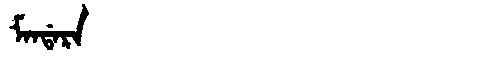
Manchu: ᠮᠠᠨᡩᠠᡵᠠ
Romanization: MANDARA